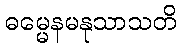
ဓမ္မေနမနုသာသတိ